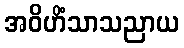
အဝိဟိံသာသညာယ